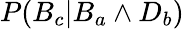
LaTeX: P(B_{c}|B_{a}\land D_{b})